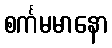
စင်္ကမမာနော